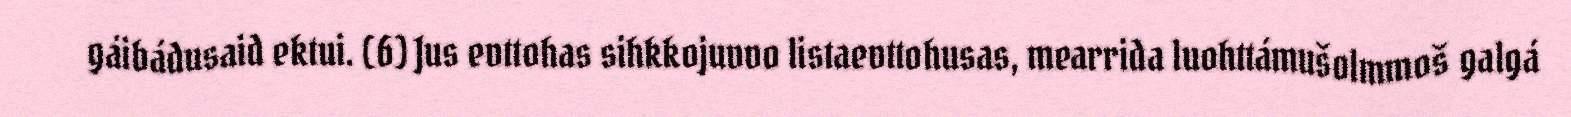
gáibádusaid ektui. (6) Jus evttohas sihkkojuvvo listaevttohusas, mearrida luohttámušolmmoš galgá